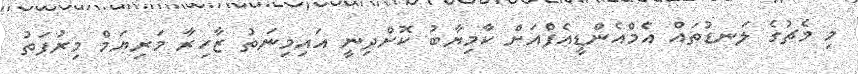
މި މެޗުގެ ލަނޑުތައް އެމްއެންޑީއެފްއަށް ކާމިޔާބު ކޮށްދިނީ އައިމިނަތު ޒާހިރާ މަރިޔަމް މިރުފަތު